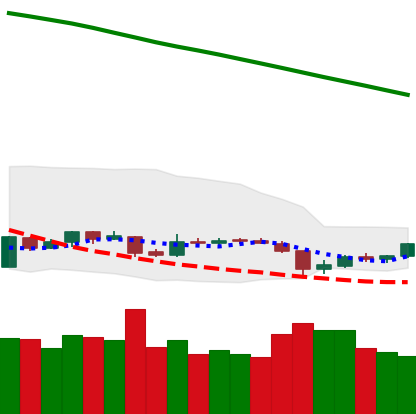
Ticker: EOS-USD
Chart end date: 2019-02-02
Forward return: -3.525%
Label: down_3_5